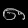
Digit: ၈